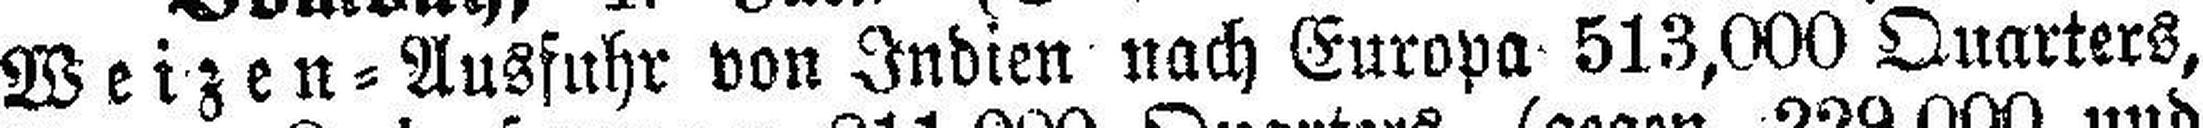
Weizen=Ausfuhr von Indien nach Europa 513,000 Quarters,